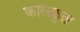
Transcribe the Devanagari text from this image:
कालकुता